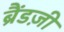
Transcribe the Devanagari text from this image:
ब्रैंडज़ी